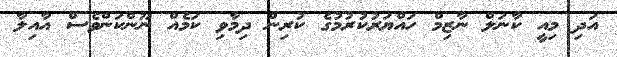
އަދި މިއީ ކާނަލް ނާޒިމް ހައްޔަރުކުރުމުގެ ކުރިން ދިމާވި ކަމެއް ނޫންކަންވެސް އާއިލާ